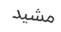
مشيد